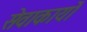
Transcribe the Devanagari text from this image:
सेवाकार्यो